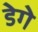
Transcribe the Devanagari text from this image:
डेगे